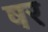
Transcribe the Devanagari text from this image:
षर